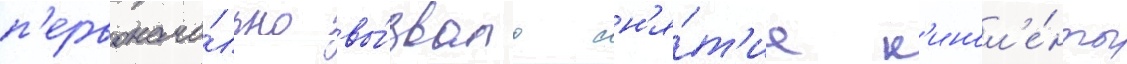
п'ервонача́льно вы́звало сн'я́т'ие к'инол'е́нты